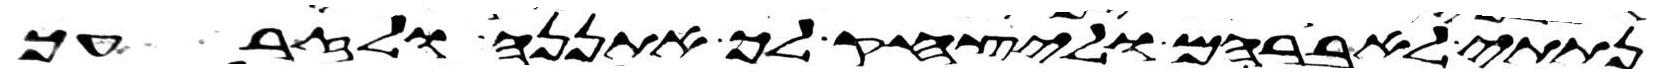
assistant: נתתי לאברהם וליצחק לך אתננה ולזרעך